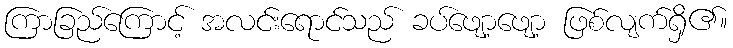
ကြာခြည်ကြောင့် အလင်းရောင်သည် ခပ်ဖျော့ဖျော့ ဖြစ်လျက်ရှိ၏။